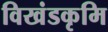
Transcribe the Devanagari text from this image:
विखंडकृमि